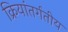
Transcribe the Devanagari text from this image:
क्रियांतर्गतीय